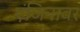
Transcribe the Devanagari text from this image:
एंजिनावर